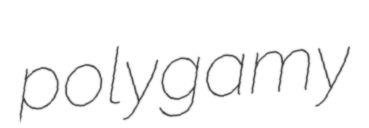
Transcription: polygamy